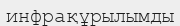
инфрақұрылымды